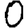
Digit: 0